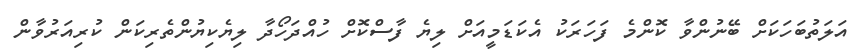
އަލަތުބަހަކަށް ބޭނުންވާ ކޮންމެ ފަހަރަކު އެކަޑަމީއަށް ލިޔެ ފާސްކޮށް ހުއްދަހޯދާ ލިޔެކިޔުންތެރިކަން ކުރިއަރުވާން